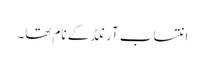
انتساب آرنلڈ کے نام تھا۔